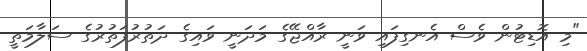
"މި އޮޑިޓުން ވެސް އެނގިފައި ވަނީ ރާއްޖޭގެ މަދަނީ ވައިގެ ދަތުރުފަތުރުގެ ސަލާމަތީ